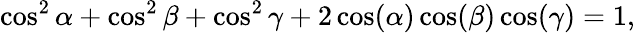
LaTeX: \cos^{2}\alpha+\cos^{2}\beta+\cos^{2}\gamma+2\cos(\alpha)\cos(\beta)\cos(\gamma)=1,